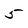
Character: 5